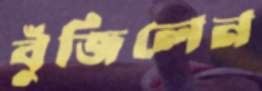
বুঁজিলেন